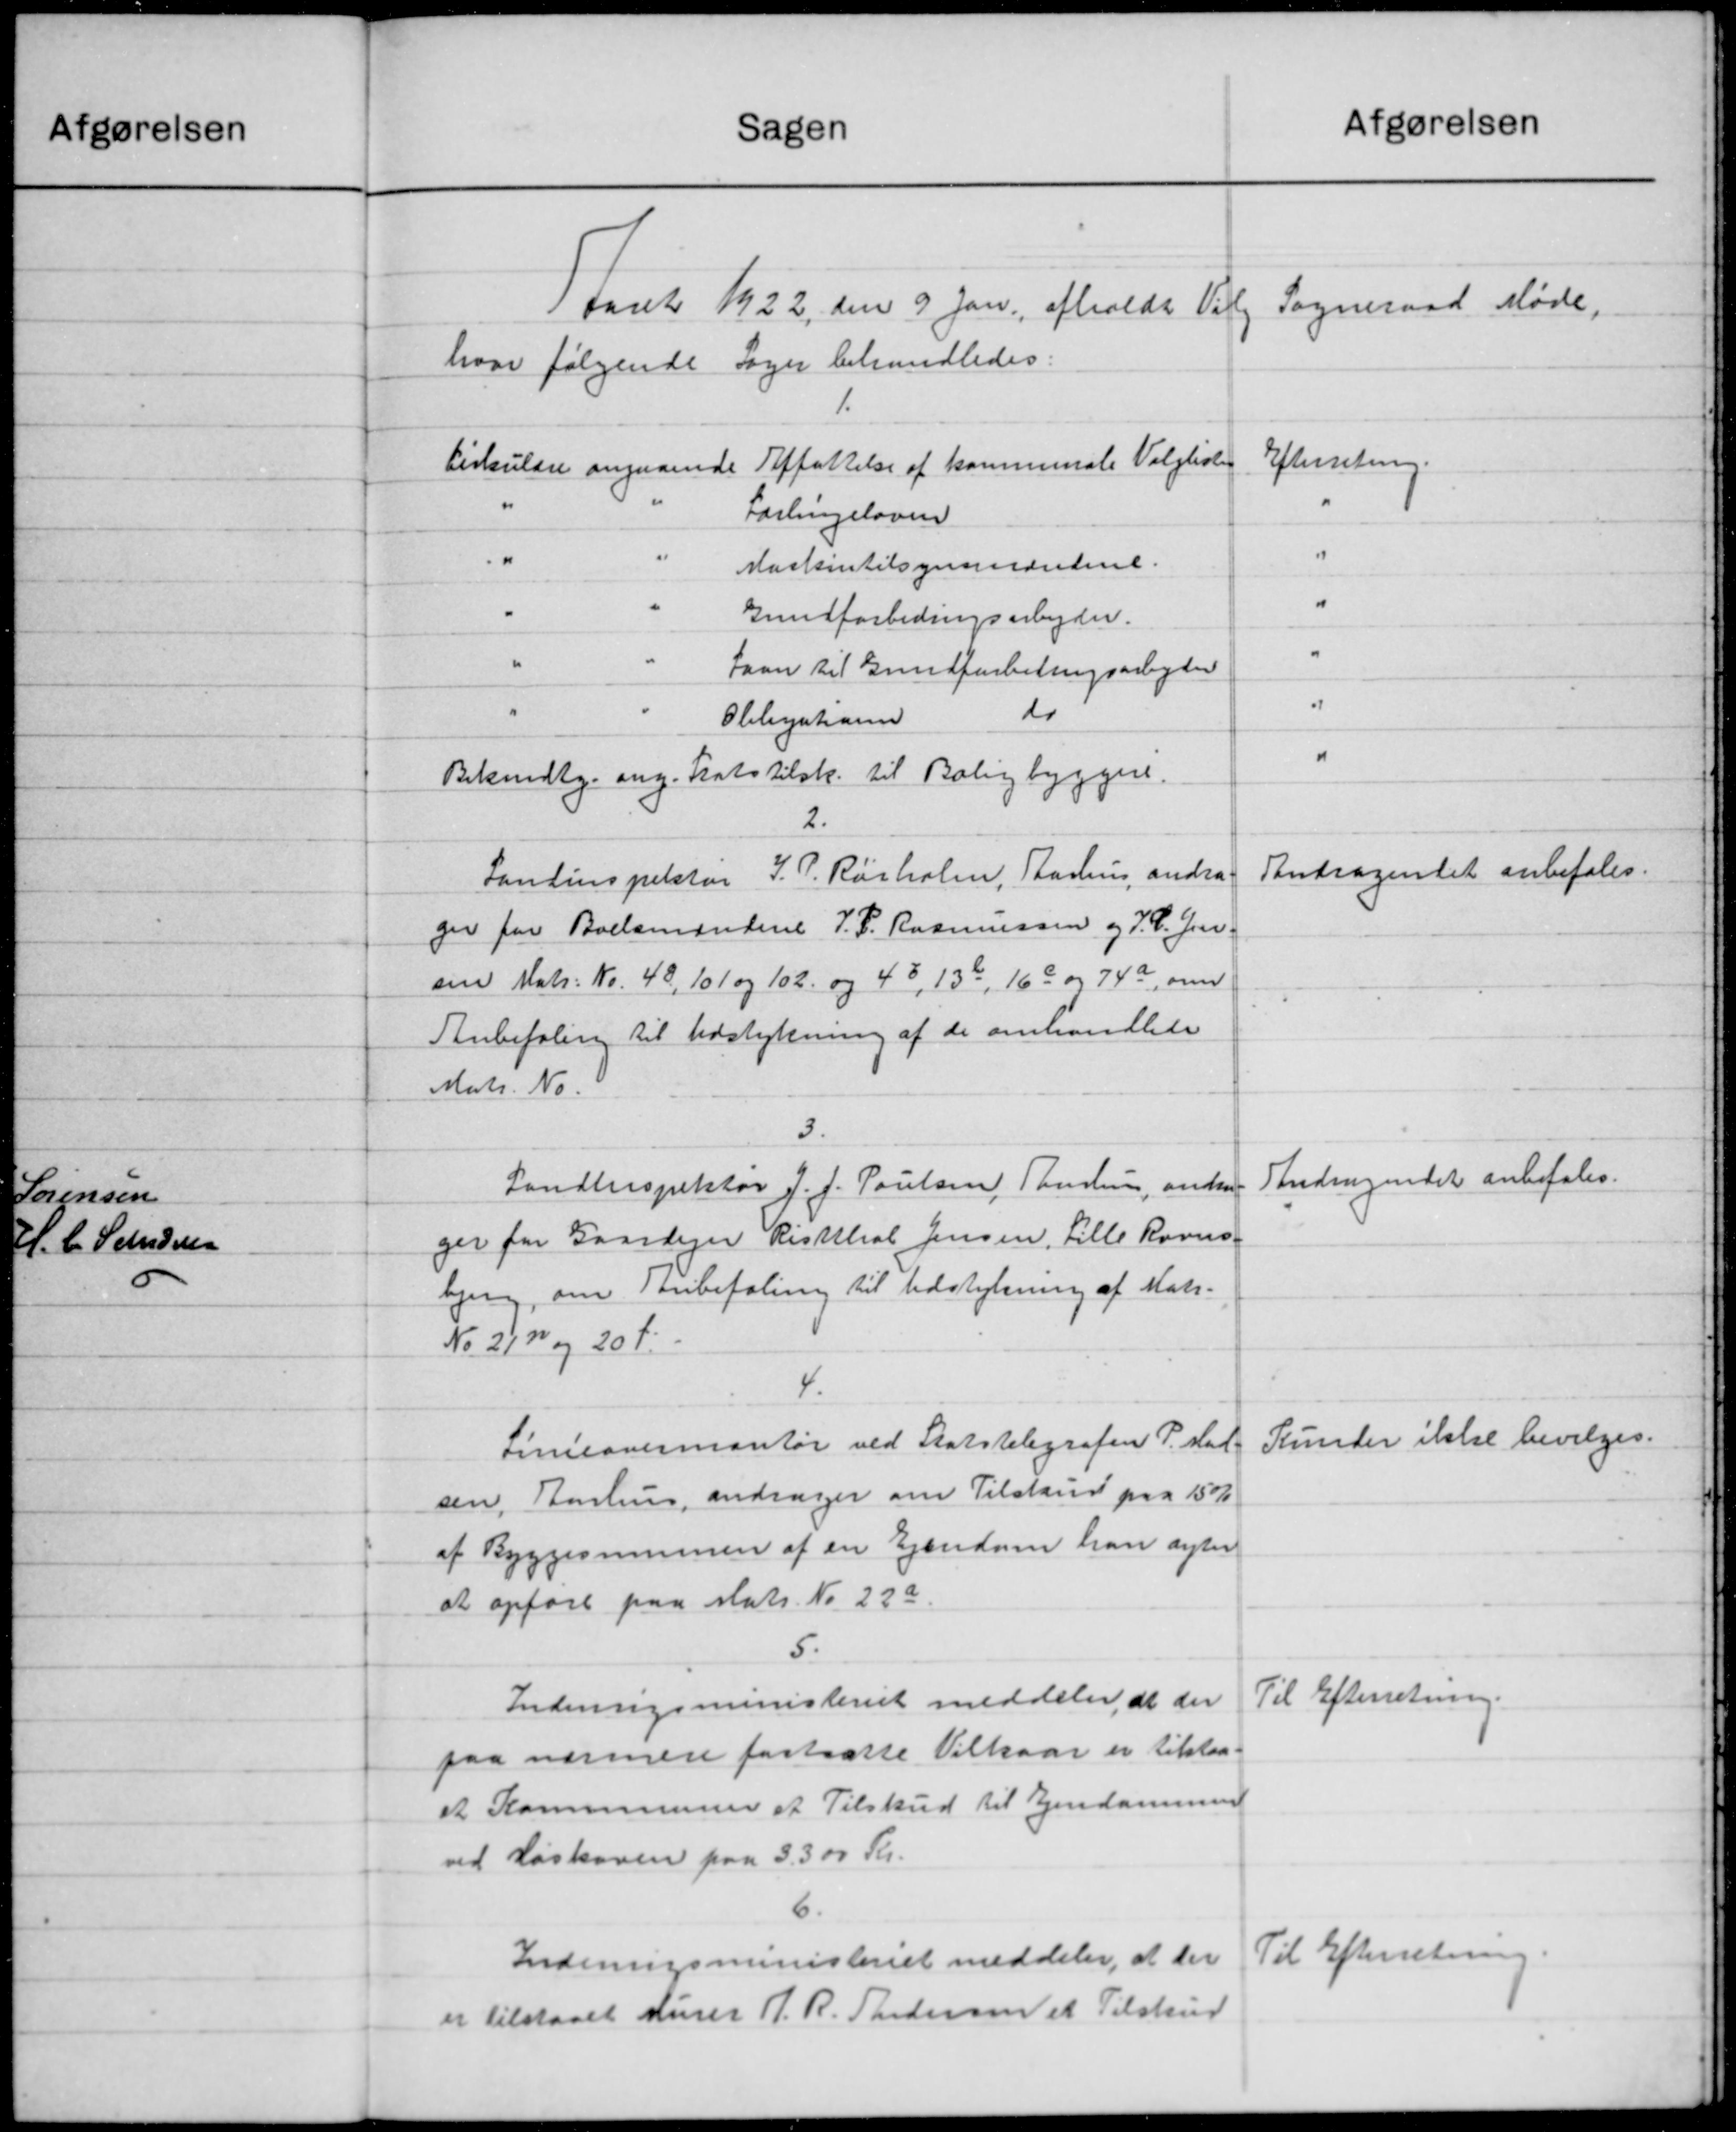
Transskription:
Sagen
Aaret 1922 den 9 Jan. afholdt Vil
hvor følgende Sager behandledes:
1.
Cirkulære angaaende Affattelse af kommunale Valglisten
Færlingsloven
""
Maskintilsynsmændene.
Gundforbedringsarbejder.
Laan til Grundforbetingsarbejder
do
Olelynhanne
Bekendtg. ang. Frats tilsk. til Boligbyggere.
2.
Landinspektør J. P. Rørholm, Aarhus andra
ger for Boelsmandene J. P. Rasmussen og J. C. Jen
sin Matr. No. 48, 101 og 102. og 48, 130, 16b og 74a, om
Anbefaling til Udstykning af de omhandlede
Matr. No.
3.
Landinspektør J. J. Poulsen Tandlun, andra
ger for Gaardejer Risthal Jensen, Lille Rovns-
bjerg, om anbefaling til Udstykning af Matr.
No. 212 og 20 f.
4.
Linieavermontør ved Statstelegrafen P. Mad
sen, Bomhun, andrager om Tilskud paa 15%
af Byggesummen af en Ejendom han agter
at opføre paa Matr. No. 22a
5.
Indenrigsministeriet meddeler at der
paa nærmere fastsætte Vilkaar er tilstaa.
at Kommunens et Tilskud til Ejendommen
ved Røskoven paa 3.300 Kr.
6.
Indenrigsministeriet meddeler, at der
er tilstaaet Murer J. R. Andersen et Tilskud